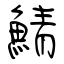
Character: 鯖